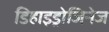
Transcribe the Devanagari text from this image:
डिहाइड्रोजिनेज